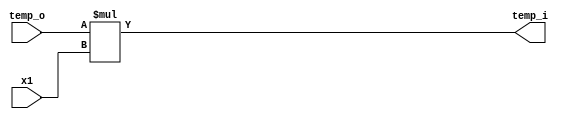
`timescale 1ns/1ns
module multiplier(input[7:0] x1, temp_o,output[7:0] temp_i);

assign temp_i = temp_o*x1;

endmodule